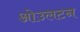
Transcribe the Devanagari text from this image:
ओउलटन